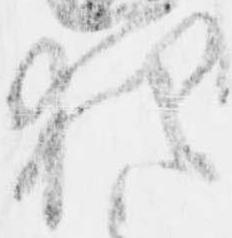
犯